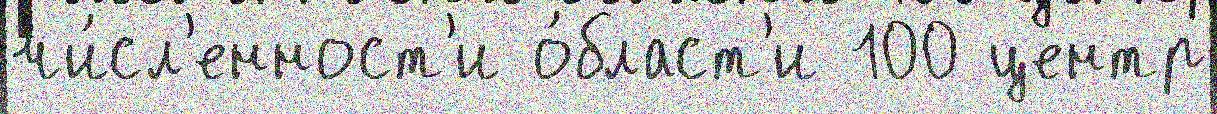
чи́сл'енност'и о́бласт'и 100 центр